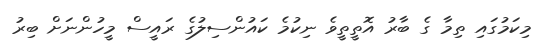
މިކަމުގައި ތިމާ ގެ ބާރު އޮތީތީވެ ނިކުމެ ކައުންސިލުގެ ރައީސް މީހުންނަށް ބިރު